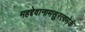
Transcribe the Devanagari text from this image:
महद्देवानामसुरत्वमेकं